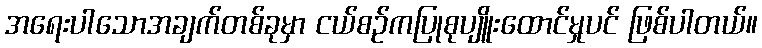
အရေးပါသောအချက်တစ်ခုမှာ ငယ်စဉ်ကပြုစုပျိူးထောင်မှုပင် ဖြစ်ပါတယ်။